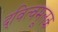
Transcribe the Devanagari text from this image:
द्‍वित्वमूलक